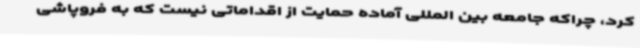
کرد، چراکه جامعه بین المللی آماده حمایت از اقداماتی نیست که به فروپاشی